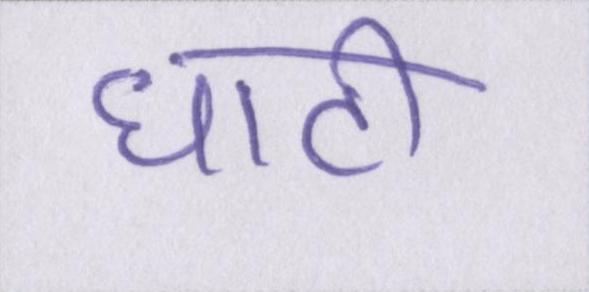
घाटी